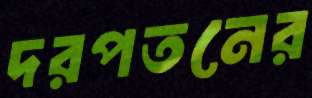
দরপতনের